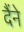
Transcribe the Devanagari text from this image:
दैंने